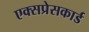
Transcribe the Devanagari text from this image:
एक्सप्रेसकार्ड